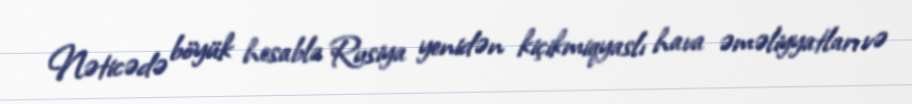
Nəticədə böyük hesabla Rusiya yenidən kiçikmiqyaslı hava əməliyyatları və